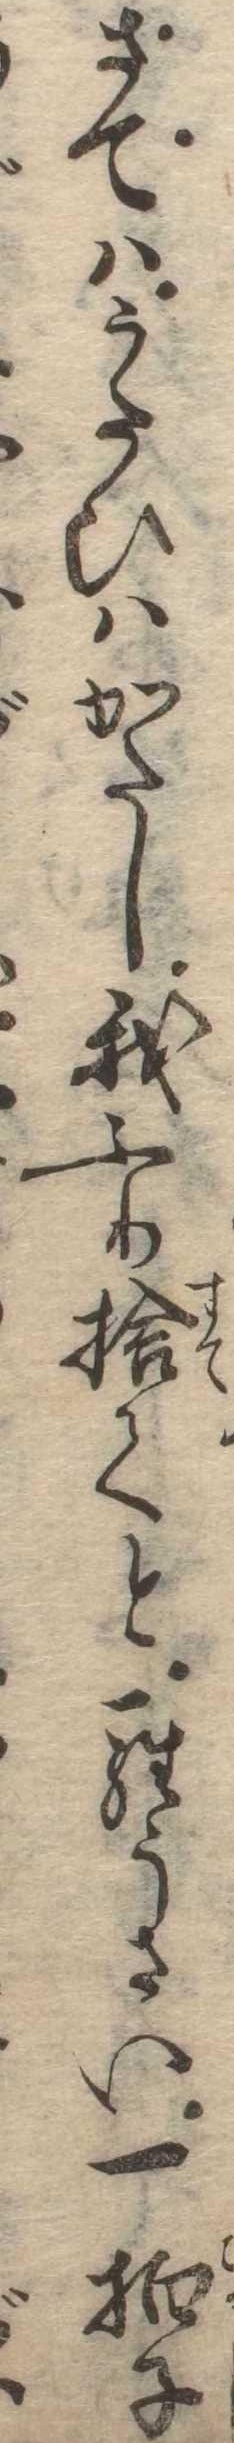
さてはうたひはかたし我ふり捨てとらうさい一拍子